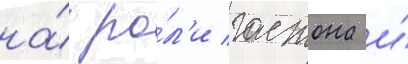
на́ ро́л'и гастона и́